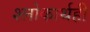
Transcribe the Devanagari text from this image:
श्लोकार्थही